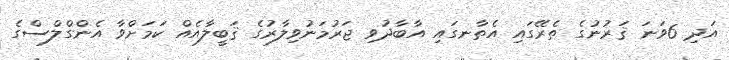
އަދި 6ވަނަ ޤަރުނުގެ ތެރޭގައި އެތާނގައި އާބާދުވި ޖަރުމަނުވިލާރުގެ ޤަބީލާއެއް ކަމަށްވާ އެންގްލްސްގެ